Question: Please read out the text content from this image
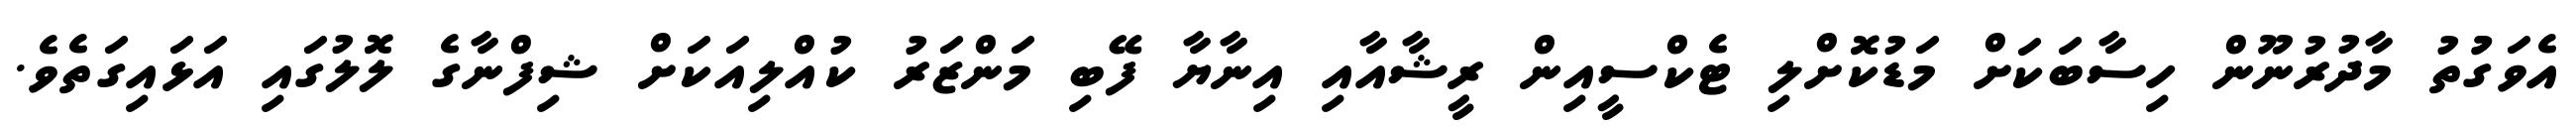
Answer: އެވަގުުތު މާދުރުނޫން ހިސާބަކަށް މަޑުކޮށްލި ޓެކްސީއިން ރީޝާއާއި އިނާޔާ ފޭބި މަންޒަރު ކުއްލިއަކަށް ޝިފްނާގެ ލޮލުގައި އަޅައިގަތެވެ.